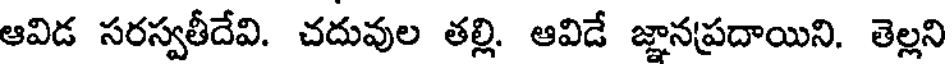
ఆవిడ సరస్వతీదేవి. చదువుల తల్లి. ఆవిడే జ్ఞానప్రదాయిని. తెల్లని